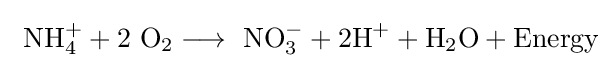
\mathrm {\ NH_{4}^{+}+2\ O_{2}\longrightarrow \ NO_{3}^{-}+2H^{+}+H_{2}O+Energy}